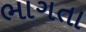
ભાગતા